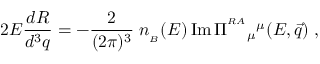
2 E { \frac { d R } { d ^ { 3 } q } } = - { \frac { 2 } { ( 2 \pi ) ^ { 3 } } } \; n _ { _ B } ( E ) \, \mathrm { I m } \, \Pi ^ { ^ { R A } } { } _ { \mu } { } ^ { \mu } ( E , { \vec { q } } ) \; ,